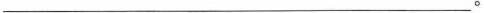
___。